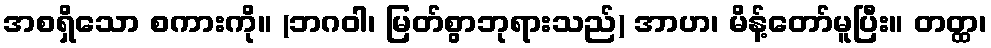
အစရှိသော စကားကို။ (ဘဂဝါ၊ မြတ်စွာဘုရားသည်) အာဟ၊ မိန့်တော်မူပြီး။ တတ္ထ၊